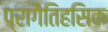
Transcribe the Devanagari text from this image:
प्रागैतिहसिक